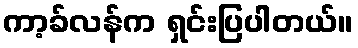
ကာ့ခ်လန်က ရှင်းပြပါတယ်။